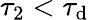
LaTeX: \tau_{2}<\tau_{\mathrm{d}}